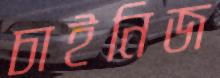
চাইনিজ